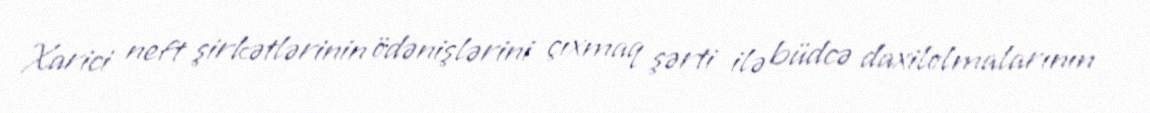
Xarici neft şirkətlərinin ödənişlərini çıxmaq şərti ilə büdcə daxilolmalarının